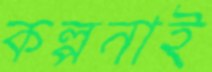
কল্পনাই